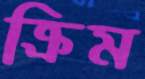
ক্রিম